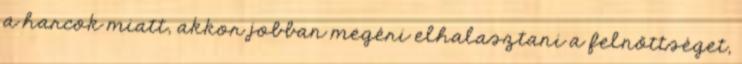
a harcok miatt, akkor jobban megéri elhalasztani a felnőttséget,